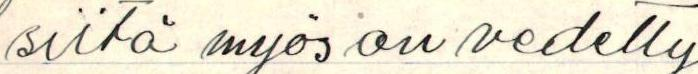
siitä myös on vedetty